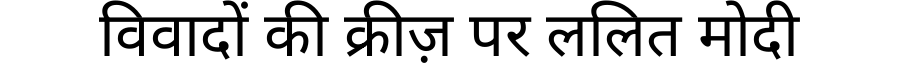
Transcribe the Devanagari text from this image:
विवादों की क्रीज़ पर ललित मोदी